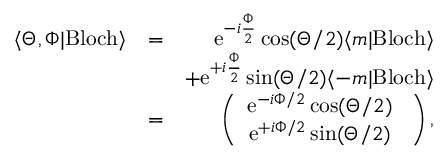
\begin{array} { r l r } { \langle \Theta , \Phi | \mathrm { B l o c h } \rangle } & { = } & { \mathrm { e } ^ { - i \frac { \Phi } { 2 } } \cos ( \Theta / 2 ) \langle m | \mathrm { B l o c h } \rangle } \\ & { } & { + \mathrm { e } ^ { + i \frac { \Phi } { 2 } } \sin ( \Theta / 2 ) \langle - m | \mathrm { B l o c h } \rangle } \\ & { = } & { \left( \begin{array} { c } { \mathrm { e } ^ { - i \Phi / 2 } \cos ( \Theta / 2 ) \ } \\ { \mathrm { e } ^ { + i \Phi / 2 } \sin ( \Theta / 2 ) \ } \end{array} \right) , } \end{array}